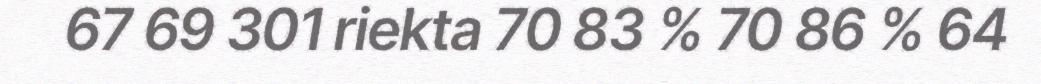
67 69 301 riekta 70 83 % 70 86 % 64